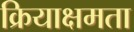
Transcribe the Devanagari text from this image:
क्रियाक्षमता